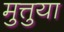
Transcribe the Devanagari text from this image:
मुत्तुया